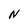
Character: N